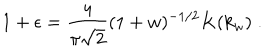
1 + \epsilon = \frac { 4 } { \pi \sqrt { 2 } } ( 1 + w ) ^ { - 1 / 2 } K ( k _ { w } ) \; .